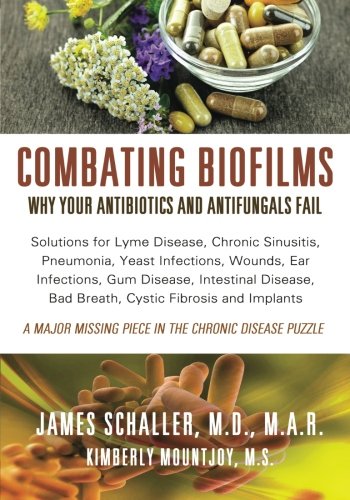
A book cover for Combating Biofilms: Why Your Antibiotics and Antifungals Fail: Solutions for Lyme Disease, Chronic Sinusitis, Pneumonia, Yeast Infections, Wounds, Ear ... Bad Breath, Cystic Fibrosis and Implants; James Schaller MD; Health, Fitness & Dieting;